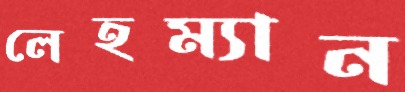
লেহম্যান